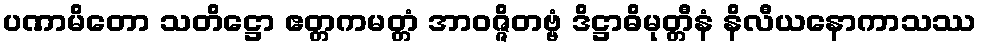
ပဏာမိတော သတိဋ္ဌော ဧတ္တကမတ္တံ အာဝဇ္ဇိတဗ္ဗံ ဒိဋ္ဌာဓိမုတ္တီနံ နိလီယနောကာသဿ